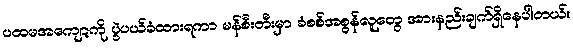
ပထမအကျော့ကို ပွဲပယ်ခံထားရကာ မန်စီးတီးမှာ ခံစစ်အစွန်လူတွေ အားနည်းချက်ရှိနေပါတယ်။